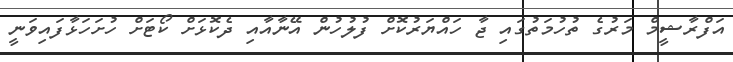
އަފްރާޝީމް މަރުގެ ތުހުމަތުގައި ޖާ ހައްޔަރުކޮށް ފުލުހުން އޭނާއާއި ދެކޮޅަށް ކޯޓަށް ހުށަހަޅާފައިވަނީ